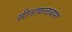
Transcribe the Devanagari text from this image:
सीताफळबाग